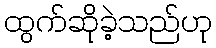
ထွက်ဆိုခဲ့သည်ဟု